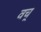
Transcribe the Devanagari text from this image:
वच्